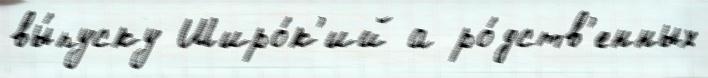
вы́пуску Широ́к'ий а ро́дств'енных